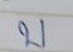
บ